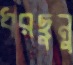
ধরছুনু